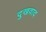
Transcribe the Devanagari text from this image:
दुखवाद